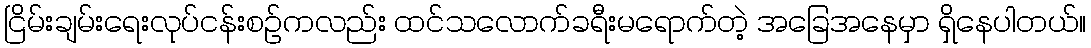
ငြိမ်းချမ်းရေးလုပ်ငန်းစဉ်ကလည်း ထင်သလောက်ခရီးမရောက်တဲ့ အခြေအနေမှာ ရှိနေပါတယ်။